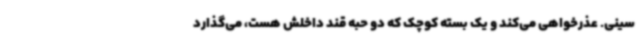
سینی. عذرخواهی می‌کند و یک بسته کوچک که دو حبه قند داخلش هست، می‌گذارد